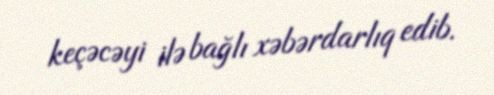
keçəcəyi ilə bağlı xəbərdarlıq edib.